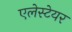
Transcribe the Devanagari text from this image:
एलेस्टेयर